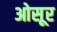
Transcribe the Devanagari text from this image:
ओसूर